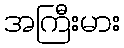
အကြီးမား